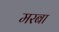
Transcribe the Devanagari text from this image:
मरबा